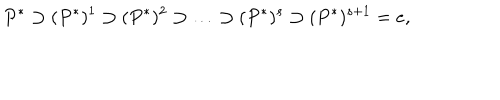
P ^ { * } \supset ( P ^ { * } ) ^ { 1 } \supset ( P ^ { * } ) ^ { 2 } \supset \ldots \supset ( P ^ { * } ) ^ { s } \supset ( P ^ { * } ) ^ { s + 1 } = e ,